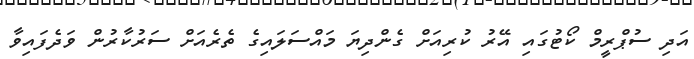
އަދިި ސުޕްރީމް ކޯޓުގައި އޭރު ކުރިއަށް ގެންދިޔަ މައްސަލައިގެ ތެރެއަށް ސަރުކާރުން ވަދެފައިވާ